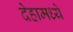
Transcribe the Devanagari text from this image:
देहामध्ये